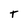
Character: T